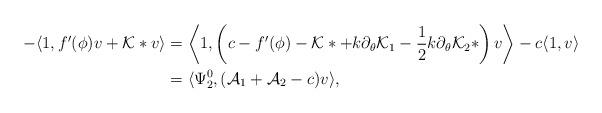
LaTeX: \begin{align*}-\langle1,f'(\phi)v + \mathcal{K}*v \rangle &= \left\langle1,\left(c - f'(\phi) - \mathcal{K}* + k\partial_{\theta}\mathcal{K}_{1} - \frac{1}{2}k\partial_{\theta}\mathcal{K}_{2}*\right)v \right\rangle - c\langle1,v\rangle\\&= \langle\Psi_{2}^{0},(\mathcal{A}_{1} + \mathcal{A}_{2} - c)v\rangle,\end{align*}